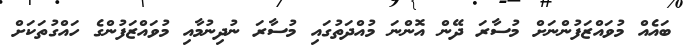
ބައެއް މުވައްޒަފުންނަށް މުސާރަ ދޭން އޮންނަ މުއްދަތުގައި މުސާރަ ނުދިނުމާއި މުވައްޒަފުންގެ ހައްގުތަކަށް